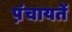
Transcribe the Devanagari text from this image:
प़ंचायतें